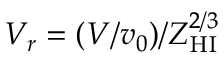
V _ { r } = ( V / v _ { 0 } ) / Z _ { \mathrm { H I } } ^ { 2 / 3 }